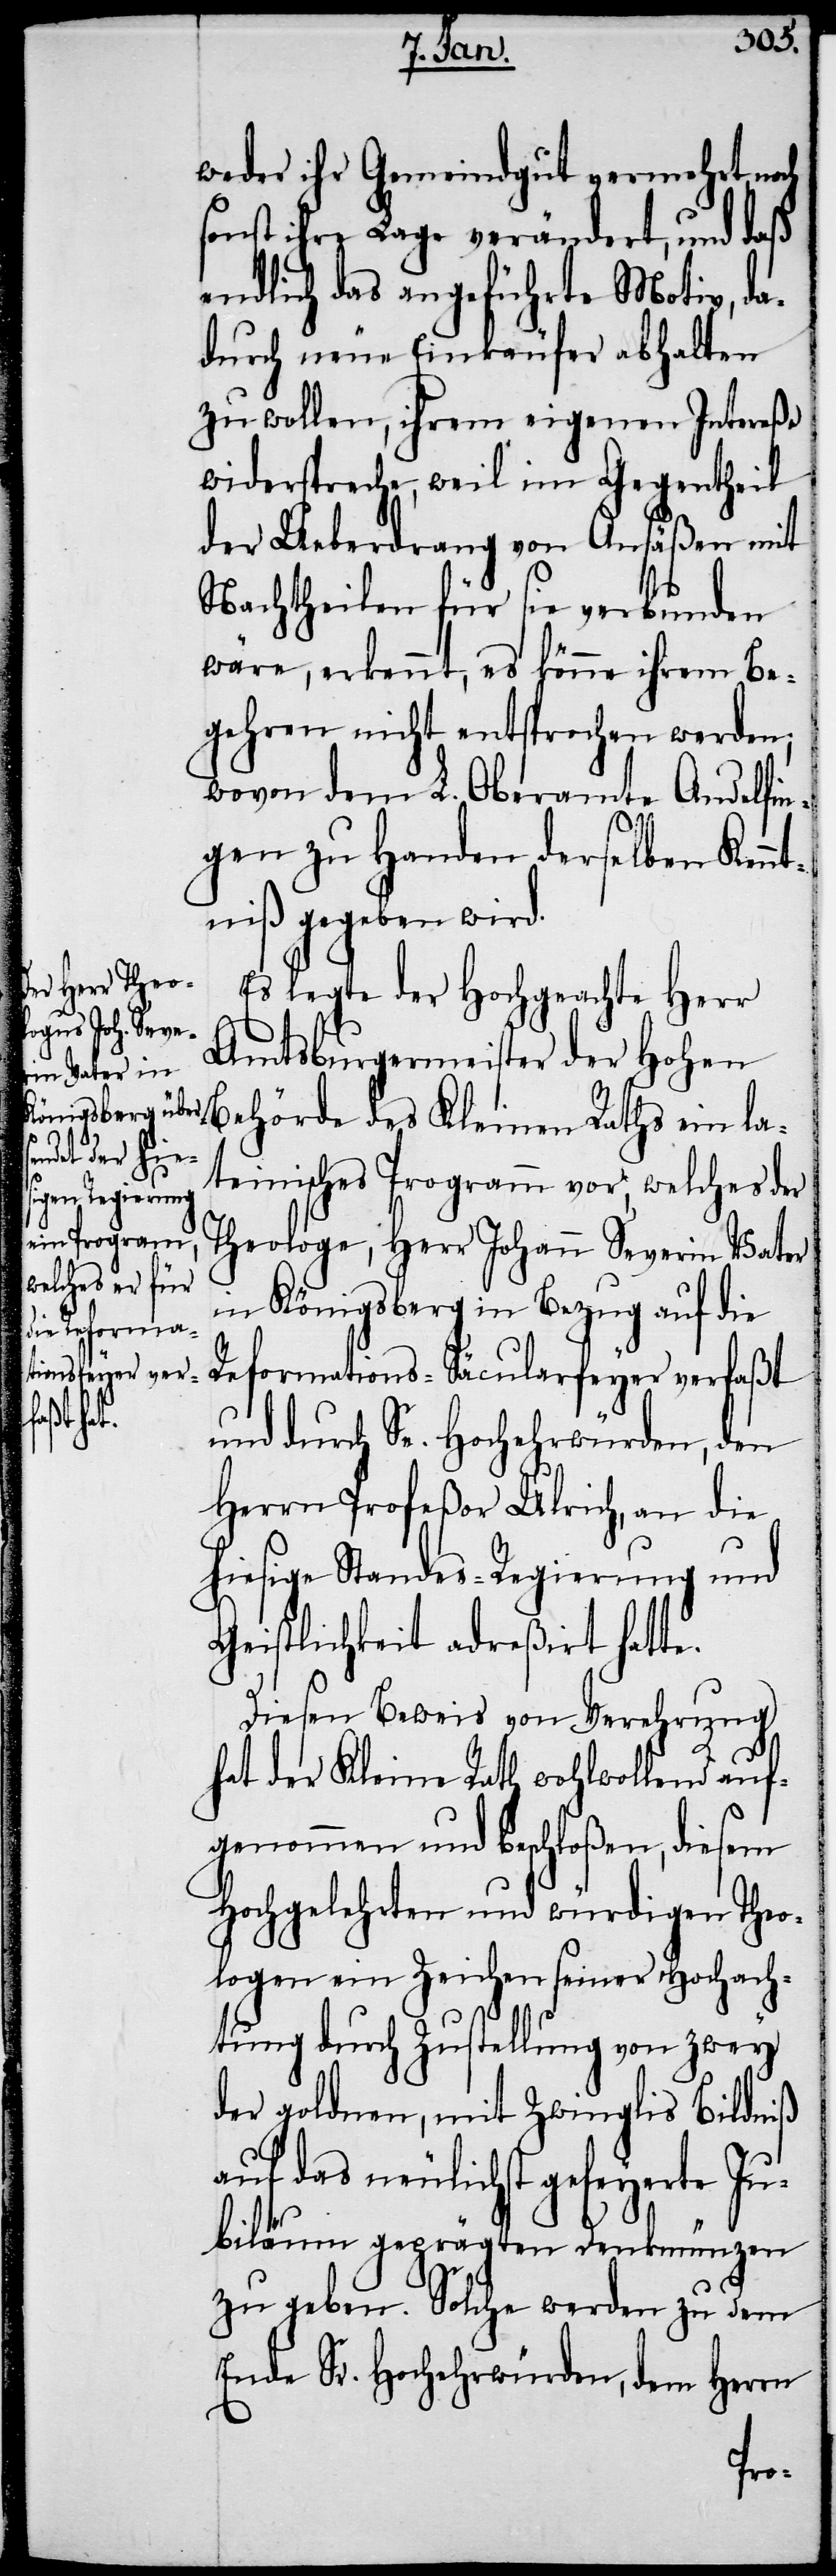
weder ihr Gemeindgut vermehrt noch
sonst ihre Lage verändert, und daß
endlich das angeführte Motiv, da¬
durch neue Einkäufer abhalten
zu wollen, ihrem eigenen Intereße
widerspreche, weil im Gegentheil
der Ueberdrang von Ansäßen mit
Nachtheilen für sie verbunden
wäre, erkennt, es könne ihrem Be¬
gehren nicht entsprochen werden;
wovon dem L. Oberamte Andelfin¬
gen zu Handen derselben Kenn¬
tniß gegeben wird.
Es legte der Hochgeachte Herr
Amtsburgermeister der Hohen
Behörde des Kleinen Raths ein la¬
teinisches Programm vor, welches der
Theologe, Herr Johann Severin Vater
in Königsberg in Bezug auf die
Reformations-Säcularfeyer verfaßt
und durch Se. Hochehrwürden, den
Herrn Profeßor Ulrich, an die
hiesige Standes-Regierung und
Geistlichkeit adreßirt hatte.
Diesen Beweis von Verehrung
hat der Kleine Rath wohlwollend auf¬
genommen und beschloßen, diesem
Hochgelehrten und würdigen Theo¬
logen ein Zeichen seiner Hochach¬
tung durch Zustellung von zwey
der goldnen, mit Zwinglis Bildniß
auf das neulichst gefeyerte Ju¬
biläum geprägten Denkmünzen
zu geben. Solche werden zu dem
Ende Sr. Hochehrwürden, dem Herrn